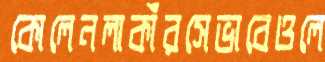
কোলেনলাকাঁরসেভাবেওলে